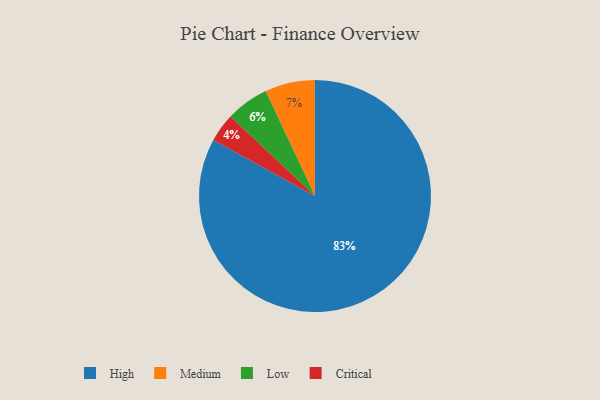
{"axis": {"x": "Category", "y": "Percentage"}, "legend": ["Critical", "High", "Low", "Medium"], "data": [{"x": "Medium", "y": 7, "type": "Medium"}, {"x": "Low", "y": 6, "type": "Low"}, {"x": "Critical", "y": 4, "type": "Critical"}, {"x": "High", "y": 83, "type": "High"}]}